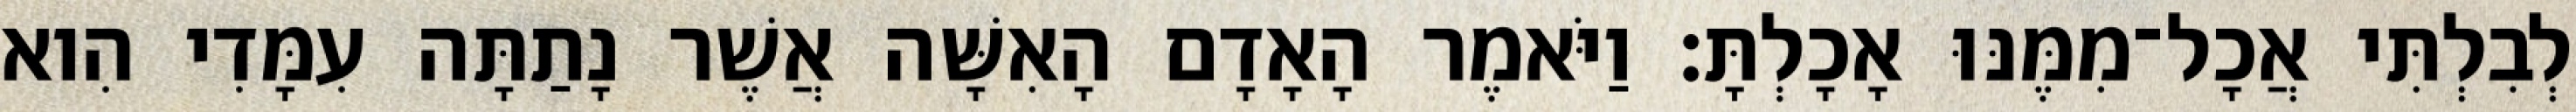
לְבִלְתִּי אֲכָל־מִמֶּנּוּ אָכָלְתָּ׃ וַיֹּאמֶר הָאָדָם הָאִשָּׁה אֲשֶׁר נָתַתָּה עִמָּדִי הִוא